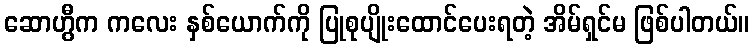
ဆောဟွီက ကလေး နှစ်ယောက်ကို ပြုစုပျိုးထောင်ပေးရတဲ့ အိမ်ရှင်မ ဖြစ်ပါတယ်။